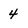
Character: 4